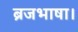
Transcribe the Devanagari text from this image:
ब्रजभाषा।